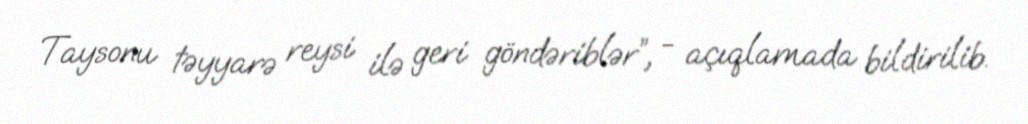
Taysonu təyyarə reysi ilə geri göndəriblər”, - açıqlamada bildirilib.